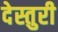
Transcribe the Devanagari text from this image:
देस्तुरी